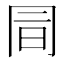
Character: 𠕙